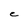
Character: C